65_HS1-834228961_62-HQ-83894_SUB_A
Agency: FBI
Page 72
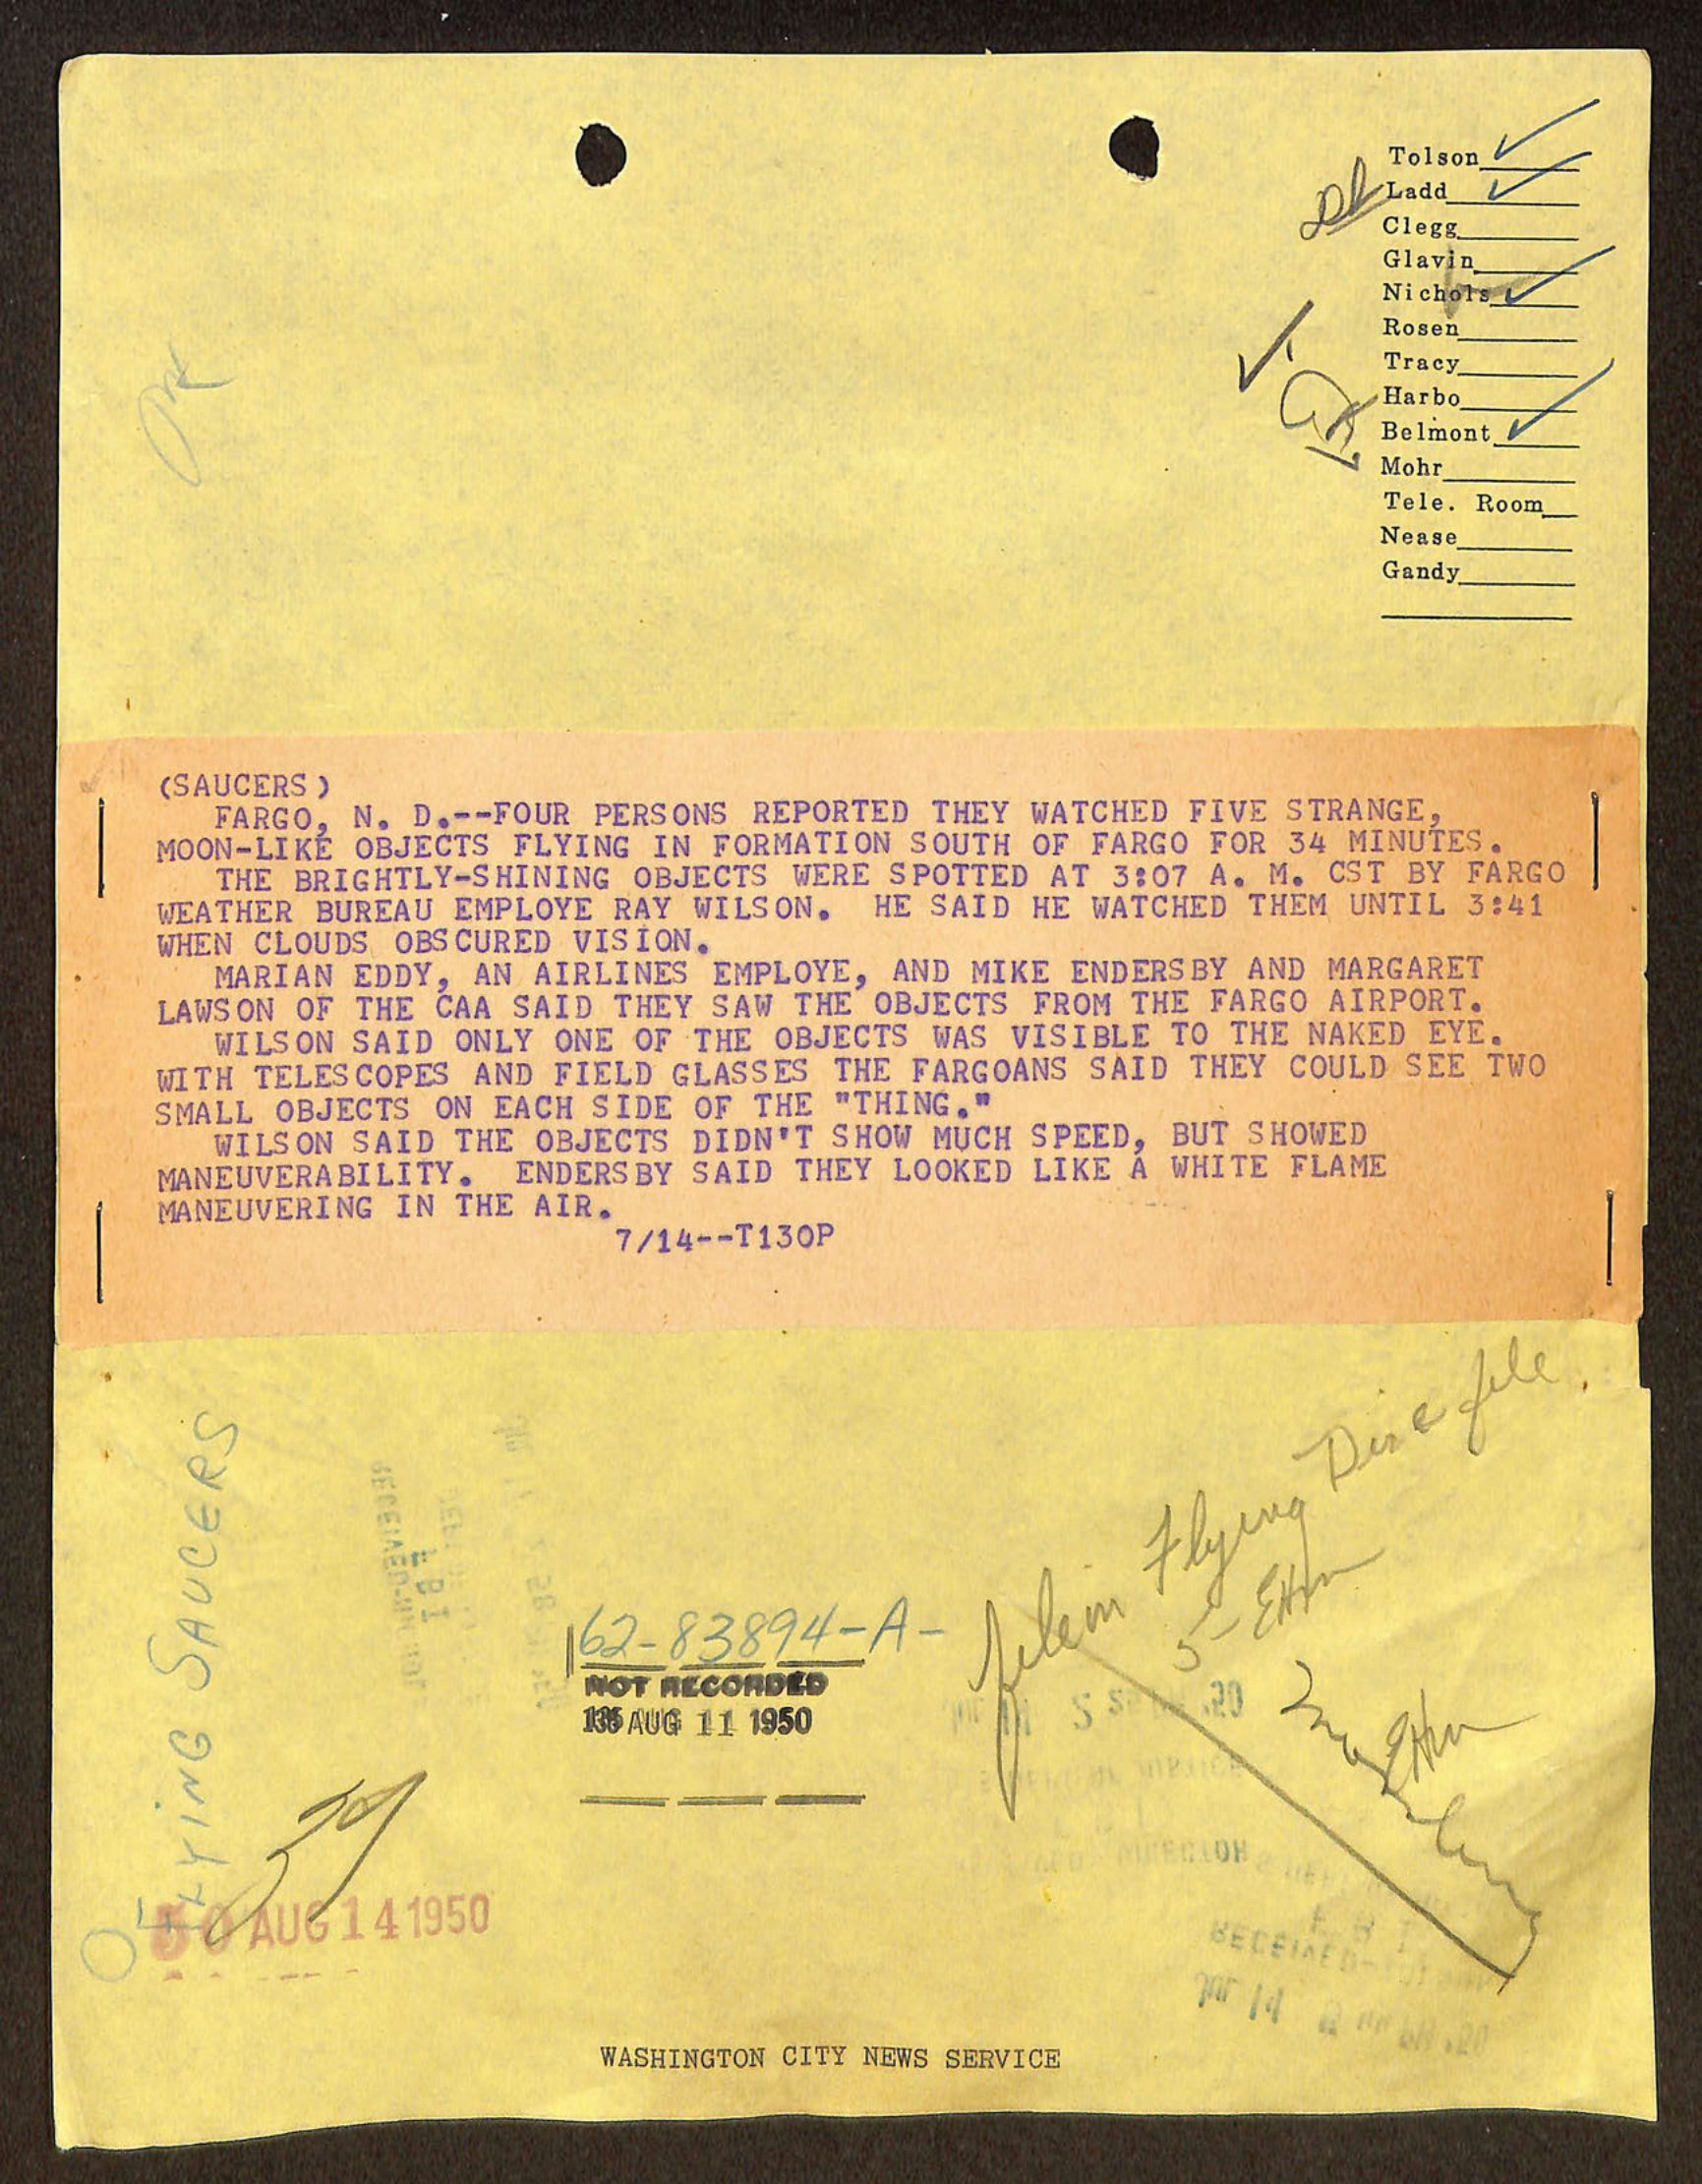